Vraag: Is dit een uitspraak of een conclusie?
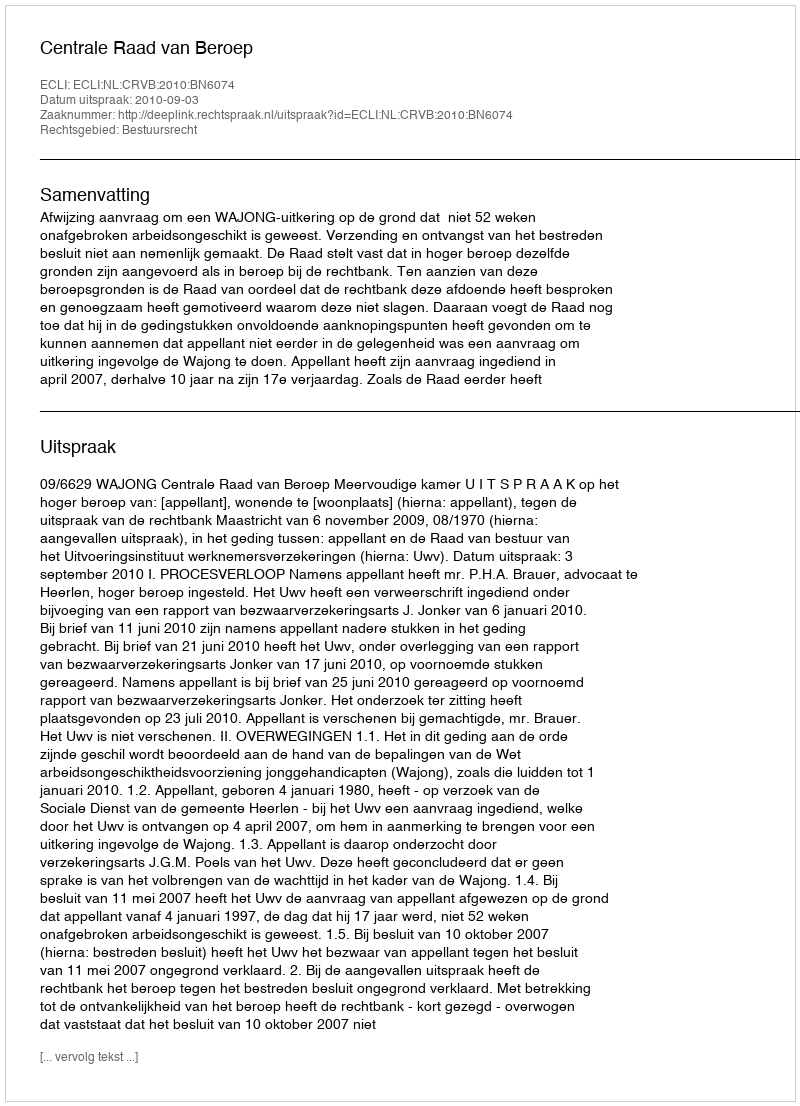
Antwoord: Uitspraak